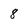
Character: 8